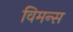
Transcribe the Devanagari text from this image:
विमन्स